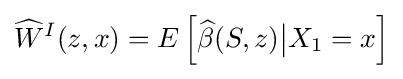
{\widehat {W}}^{I}(z,x)=E\left[{\widehat {\beta }}(S,z){\big |}X_{1}=x\right]